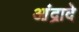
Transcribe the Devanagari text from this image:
आंद्रादे